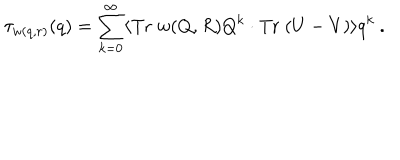
\tau _ { w ( q , r ) } ( q ) = \sum _ { k = 0 } ^ { \infty } \langle \mathrm { T r } \; w ( Q , R ) Q ^ { k } \cdot \mathrm { T r } \; ( U - V ) \rangle q ^ { k } \ .